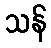
သန်